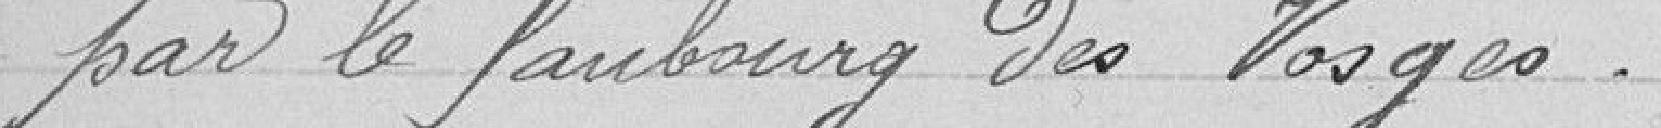
par le Faubourg des Vosges